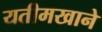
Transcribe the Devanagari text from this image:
यतीमखाने